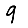
Digit: 9